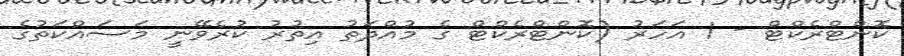
ކޮންޓްރެކްޓް - 1 އަހަރު (ކޮންޓްރެކްޓް ގެ މުއްދަތު އިތުރު ކުރެވޭނީ މަސައްކަތުގެ